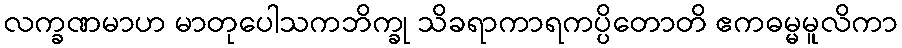
လက္ခဏမာဟ မာတုပေါသကဘိက္ခု သိခရာကာရကပ္ပိတောတိ ဧကဓမ္မမူလိကာ